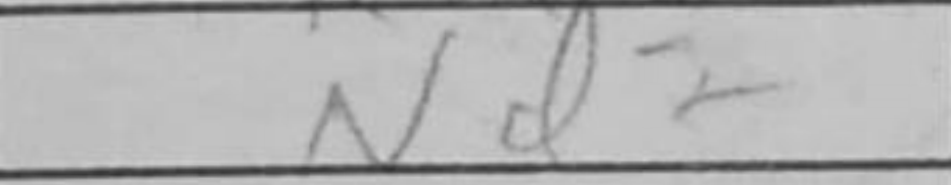
Transcription: Nd2